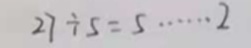
2 7 \div 5 = 5 \cdots 2